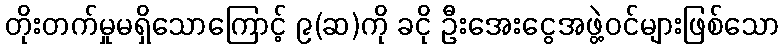
တိုးတက်မှုမရှိသောကြောင့် ၉(ဆ)ကို ခငို ဦးအေးငွေအဖွဲ့ဝင်များဖြစ်သော